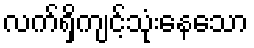
လက်ရှိကျင့်သုံးနေသော